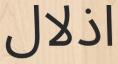
اذلال